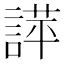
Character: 𧪐